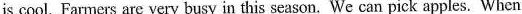
is cool. Farmers are very busy in this season. We can pick apples. When